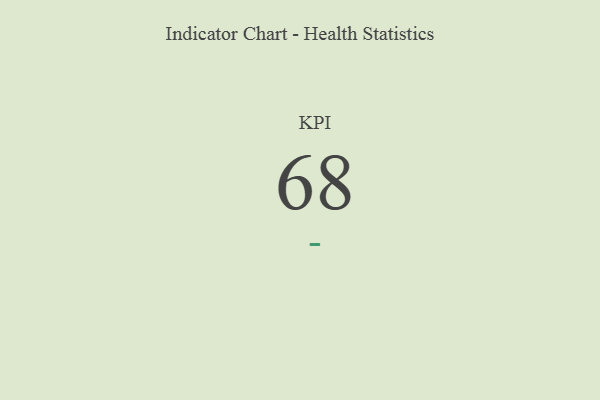
{"axis": {"x": "KPI", "y": "Value"}, "legend": [""], "data": [{"x": "KPI", "y": 68, "type": ""}]}